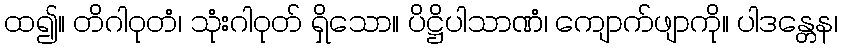
ထ၍။ တိဂါဝုတံ၊ သုံးဂါဝုတ် ရှိသော။ ပိဋ္ဌိပါသာဏံ၊ ကျောက်ဖျာကို။ ပါဒန္တေန၊